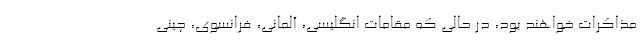
مذاکرات خواهند بود، در حالی که مقامات انگلیسی، آلمانی، فرانسوی، چینی